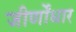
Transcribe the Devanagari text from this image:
जीर्णोंधार